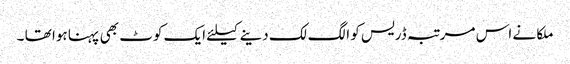
ملکا نے اس مرتبہ ڈریس کو الگ لک دینے کیلئے ایک کوٹ بھی پہنا ہوا تھا ۔